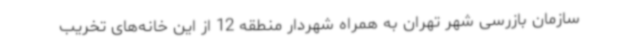
سازمان بازرسی شهر تهران به همراه شهردار منطقه 12 از این خانه‌های تخریب